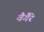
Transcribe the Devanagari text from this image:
वैगैरे